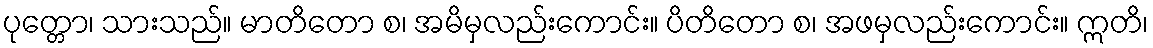
ပုတ္တော၊ သားသည်။ မာတိတော စ၊ အမိမှလည်းကောင်း။ ပိတိတော စ၊ အဖမှလည်းကောင်း။ ဣတိ၊